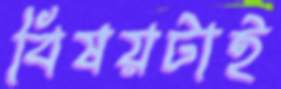
বিষয়টাই